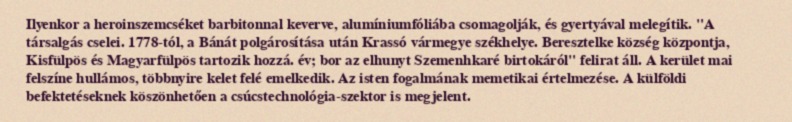
Ilyenkor a heroinszemcséket barbitonnal keverve, alumíniumfóliába csomagolják, és gyertyával melegítik. "A társalgás cselei. 1778-tól, a Bánát polgárosítása után Krassó vármegye székhelye. Beresztelke község központja, Kisfülpös és Magyarfülpös tartozik hozzá. év; bor az elhunyt Szemenhkaré birtokáról" felirat áll. A kerület mai felszíne hullámos, többnyire kelet felé emelkedik. Az isten fogalmának memetikai értelmezése. A külföldi befektetéseknek köszönhetően a csúcstechnológia-szektor is megjelent.